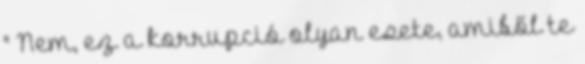
" Nem, ez a korrupció olyan esete, amiből te